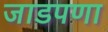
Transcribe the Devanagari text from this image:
जाडपणा